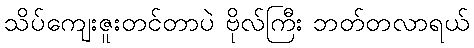
သိပ်ကျေးဇူးတင်တာပဲ ဗိုလ်ကြီး ဘတ်တလာရယ်